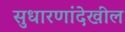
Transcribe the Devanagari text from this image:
सुधारणांदेखील